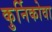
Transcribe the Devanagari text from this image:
कुर्निकोवा